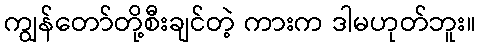
ကျွန်တော်တို့စီးချင်တဲ့ ကားက ဒါမဟုတ်ဘူး။